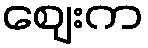
ဈေးက